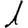
Digit: 1